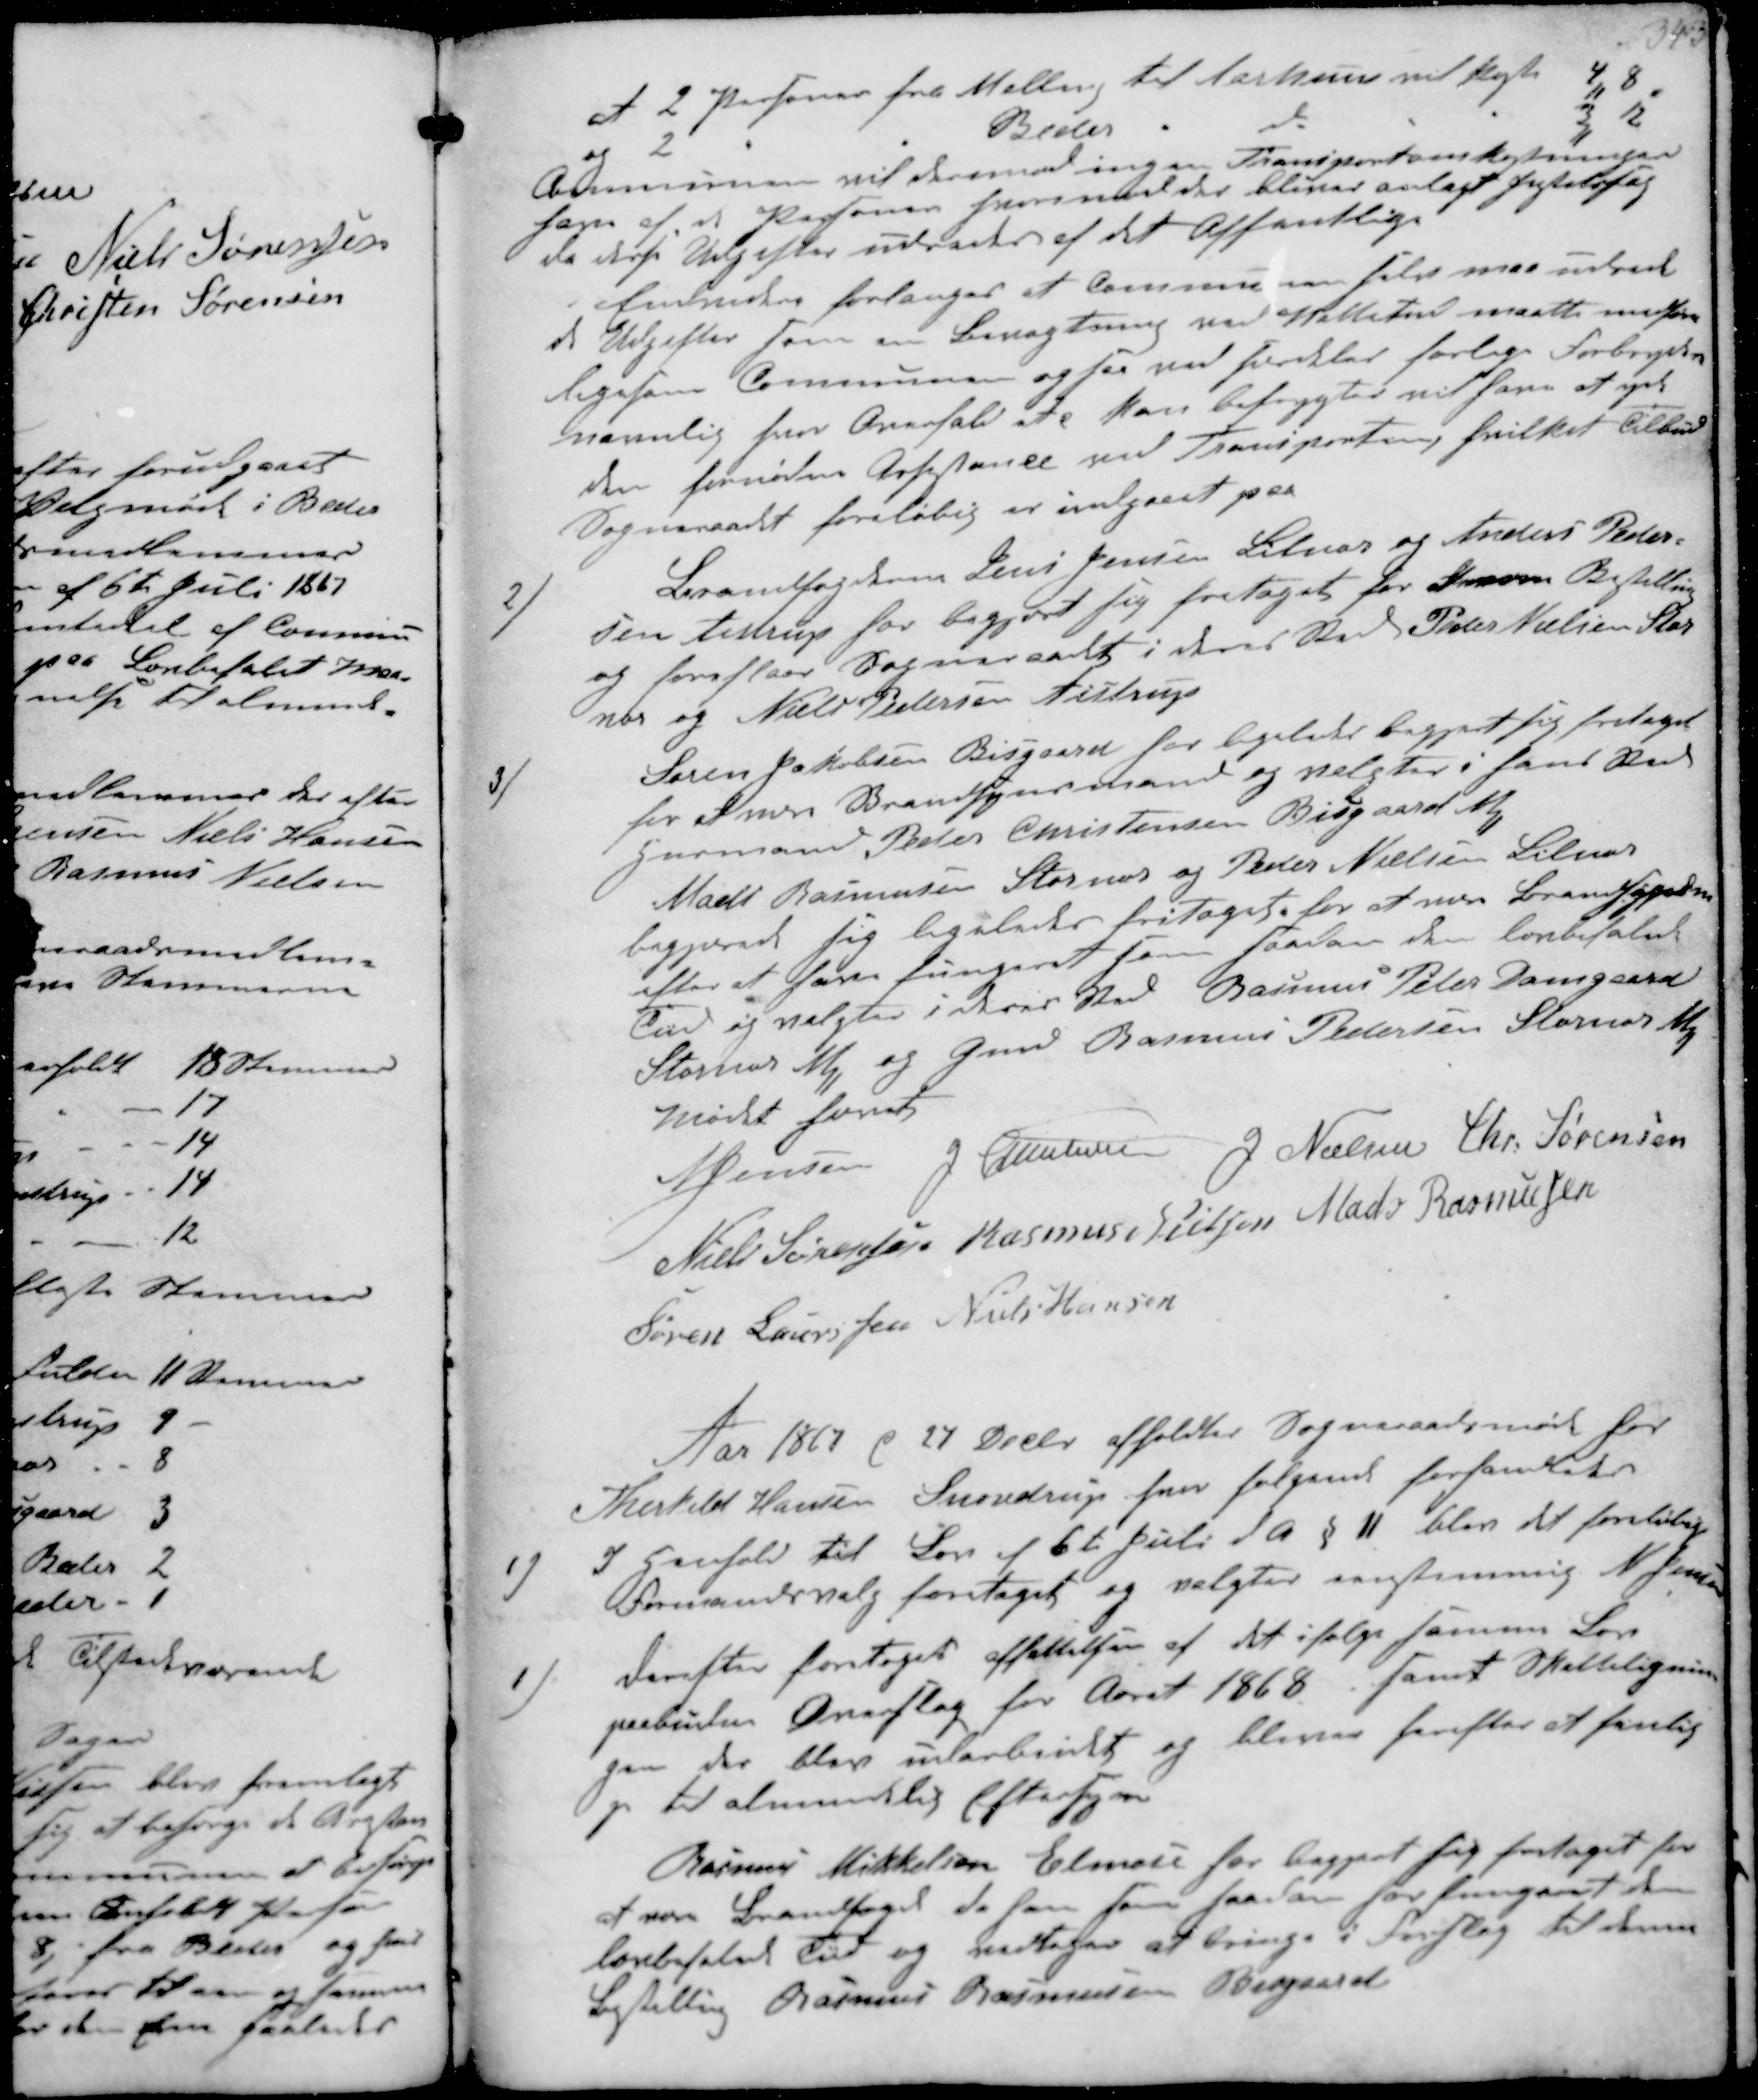
Transskription:
af 2 Personer fra Malling til Aarhuus vil koste 4 ₻ 8
og 2 - - Beder - do - - 3 ₻ 12
Kommunen vil dermed ingen Transportomkostninger
have af de Personer hvorimod der bliver anlagt Justitssag-
da disse Udgifter udredes af det Offentlige
Endvidere forlanges at Kommunen selv maa udrede
de Udgifter som en Bevogtning ved  maatte medføre
ligesom Kommunen ogsaa ved  farlige Forbrydere
navnlig hvor Overfald etc kan befrygtes vil have at give
den fornødne Assistance paa Transporten, hvilket Tilbud
Sogneraadet foreløbig er indgaaet paa
2/
Brandfogderne Lars Jensen Lilnor og Anders Peder-
sen Aistrup har begjæret sig fritaget hos Fra Bestilling
og foreslaae Sogneraadet i deres Sted Peder Nielsen Stor-
nor og Niels Pedersen Aistrup
4/
Søren Jacobsen Bisgaard har ligeledes begjært sig fritaget
for at være Brandsynsmand og valgtes i hans Sted
Husmand Peder Christensen Bisgaard ₻
Mads Rasmussen Stornor og Peder Nielsen Lilnor
begjærede sig ligeledes fritaget for at være Brandsynsm
efter at have fungeret som saadan den lovbefalede
Tid og valgte i deres Sted Rasmus Peder Damgaard
Stornor og Gmd Rasmus Pedersen Stornor ₻
Mødet hævet
N Jensen J Christensen J Nielsen Chr Sørensen
Niels Sørensen Rasmus Nielsen Mads Rasmussen
Søren Laursen Niels Hansen

Aar 1867 d 27 Decbr afholdtes Sogneraadsmøde hos 
Therkild Hansen Snovdrup hvor følgende forhandledes
1/ I Henhold til Lov af 6te Juli d A. §11 blev det foreløbige
Formandsvalg foretaget og valgtes eenstemmig N Jensen
1/
derefter foretoges afsættelsen af det ifølge samme Lov
paabudne Overslag for Aaret 1868, samt Skikkelignin-
gen der blev udarbeidet og bliver herefter at henlig-
ge til almindelig Eftersyn
Rasmus Mikkelsen Elmose har begjært sig fritaget for
at være Brandfoged da han som saadan for fungeret den
lovbefalede Tid og vedtoges at bringe i Forslag til denne
Bestilling Rasmus Rasmussen Bisgaard